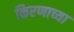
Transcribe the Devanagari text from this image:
किरणाच्या